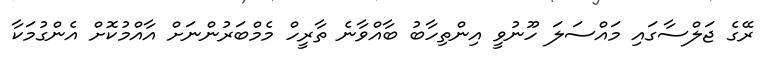
ރޭގެ ޖަލްސާގައި މައްސަލަ ހޫނުވީ އިންތިހާބު ބާއްވާނެ ތާރީހް މެމްބަރުންނަށް އާއްމުކޮށް އެންގުމަކާ